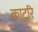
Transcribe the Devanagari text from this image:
काटूरि